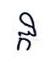
កិ